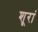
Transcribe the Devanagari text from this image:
शूरां